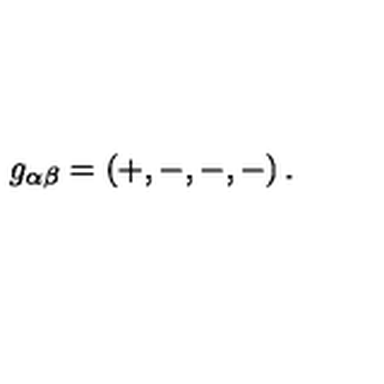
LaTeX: g _ { \alpha \beta } = \left( + , - , - , - \right) .